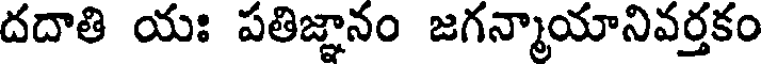
దదాతి యః పతిజ్ఞానం జగన్మాయానివర్తకం